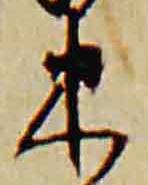
束